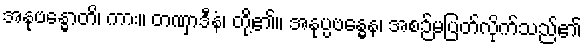
အနုဗန္ဓောတိ၊ ကား။ တဏှာဒီနံ၊ တို့၏။ အနုပ္ပဗန္ဓေန၊ အစဉ်မပြတ်လိုက်သည်၏